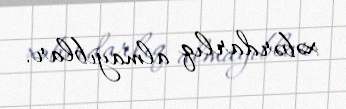
xəbərdarlıq almayıblar.